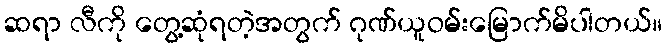
ဆရာ လီကို တွေ့ဆုံရတဲ့အတွက် ဂုဏ်ယူဝမ်းမြောက်မိပါတယ်။